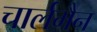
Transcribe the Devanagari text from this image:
चार्लमैन